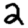
Digit: 2